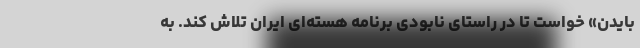
بایدن» خواست تا در راستای نابودی برنامه هسته‌ای ایران تلاش کند. به